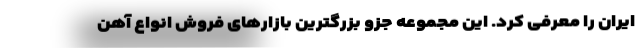
ایران را معرفی کرد. این مجموعه جزو بزرگترین بازارهای فروش انواع آهن